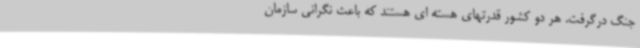
جنگ درگرفت. هر دو کشور قدرتهای هسته ای هستند که باعث نگرانی سازمان